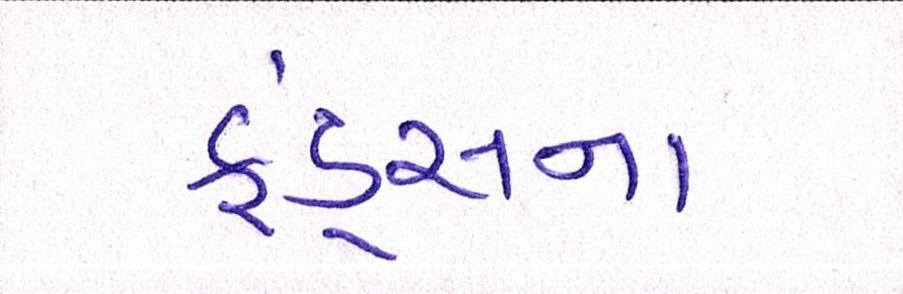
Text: ફંડ્સના